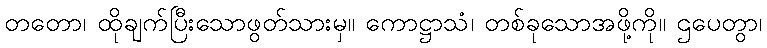
တတော၊ ထိုချက်ပြီးသောဖွတ်သားမှ။ ကောဋ္ဌာသံ၊ တစ်ခုသောအဖို့ကို။ ဌပေတွာ၊